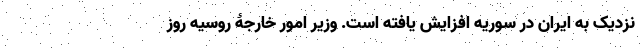
نزدیک به ایران در سوریه افزایش یافته است. وزیر امور خارجۀ روسیه روز